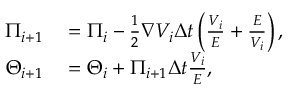
\begin{array} { r l } { \boldsymbol { \Pi } _ { i + 1 } } & { { } = \boldsymbol { \Pi } _ { i } - \frac { 1 } { 2 } \boldsymbol { \nabla } V _ { i } \Delta t \left( \frac { V _ { i } } { E } + \frac { E } { V _ { i } } \right) , } \\ { \boldsymbol { \Theta } _ { i + 1 } } & { { } = \boldsymbol { \Theta } _ { i } + \boldsymbol { \Pi } _ { i + 1 } \Delta t \frac { V _ { i } } { E } , } \end{array}